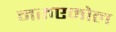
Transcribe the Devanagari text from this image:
नरुएमोल